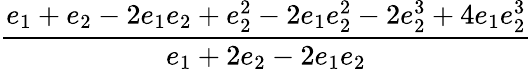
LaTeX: \displaystyle\frac{e_{1}+e_{2}-2e_{1}e_{2}+e_{2}^{2}-2e_{1}e_{2}^{2}-2e_{2}^{3}+4e_{1}e_{2}^{3}}{e_{1}+2e_{2}-2e_{1}e_{2}}